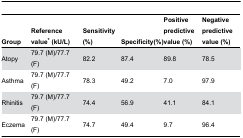
<table><thead><tr><td><b>Group</b></td><td><b>Reference value* (kU/L)</b></td><td><b>Sensitivity (%)</b></td><td><b>Specificity(%)</b></td><td><b>Positive predictive value (%)</b></td><td><b>Negative predictive value (%)</b></td></tr></thead><tbody><tr><td>Atopy</td><td>79.7 (M)/77.7 (F)</td><td>82.2</td><td>87.4</td><td>89.8</td><td>78.5</td></tr><tr><td>Asthma</td><td>79.7 (M)/77.7 (F)</td><td>78.3</td><td>49.2</td><td>7.0</td><td>97.9</td></tr><tr><td>Rhinitis</td><td>79.7 (M)/77.7 (F)</td><td>74.4</td><td>56.9</td><td>41.1</td><td>84.1</td></tr><tr><td>Eczema</td><td>79.7 (M)/77.7 (F)</td><td>74.7</td><td>49.4</td><td>9.7</td><td>96.4</td></tr></tbody></table>